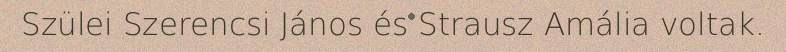
Szülei Szerencsi János és Strausz Amália voltak.